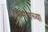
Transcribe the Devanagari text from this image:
त्यांमागच्या